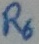
Text: R6